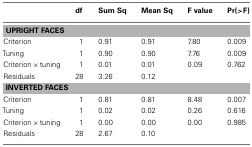
<table><thead><tr><td></td><td><b>df</b></td><td><b>Sum Sq</b></td><td><b>Mean Sq</b></td><td><b>F value</b></td><td><b>Pr(&gt;F)</b></td></tr></thead><tbody><tr><td colspan="6"><b>UPRIGHT FACES</b></td></tr><tr><td>Criterion</td><td>1</td><td>0.91</td><td>0.91</td><td>7.80</td><td>0.009</td></tr><tr><td>Tuning</td><td>1</td><td>0.90</td><td>0.90</td><td>7.76</td><td>0.009</td></tr><tr><td>Criterion × tuning</td><td>1</td><td>0.01</td><td>0.01</td><td>0.09</td><td>0.762</td></tr><tr><td>Residuals</td><td>28</td><td>3.26</td><td>0.12</td><td></td><td></td></tr><tr><td colspan="6"><b>INVERTED FACES</b></td></tr><tr><td>Criterion</td><td>1</td><td>0.81</td><td>0.81</td><td>8.48</td><td>0.007</td></tr><tr><td>Tuning</td><td>1</td><td>0.02</td><td>0.02</td><td>0.26</td><td>0.616</td></tr><tr><td>Criterion × tuning</td><td>1</td><td>0.00</td><td>0.00</td><td>0.00</td><td>0.985</td></tr><tr><td>Residuals</td><td>28</td><td>2.67</td><td>0.10</td><td></td><td></td></tr></tbody></table>